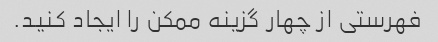
فهرستی از چهار گزینه ممکن را ایجاد کنید.